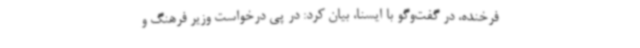
فرخنده، در گفت‌وگو با ایسنا، بیان کرد: در پی درخواست وزیر فرهنگ و